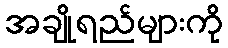
အချိုရည်များကို